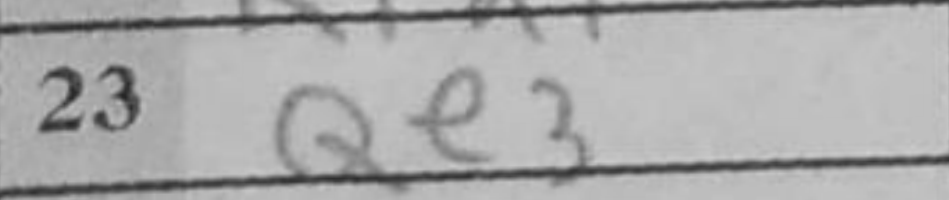
Transcription: Qe3